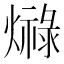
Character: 𤐠